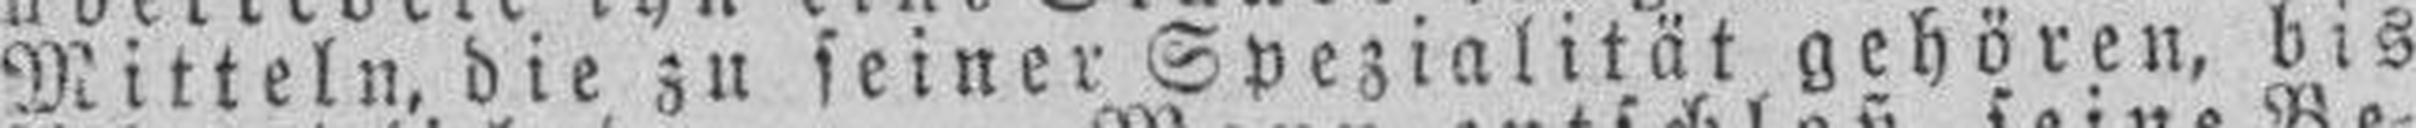
Mitteln, die zu seiner Spezialität gehören, bis